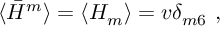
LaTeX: \langle \bar { H } ^ { m } \rangle = \langle H _ { m } \rangle = v \delta _ { m 6 } ~ ,